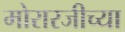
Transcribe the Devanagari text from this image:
मोरारजीच्या